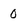
Character: 0